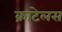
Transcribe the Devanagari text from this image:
क्राटेलस